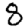
Digit: 8